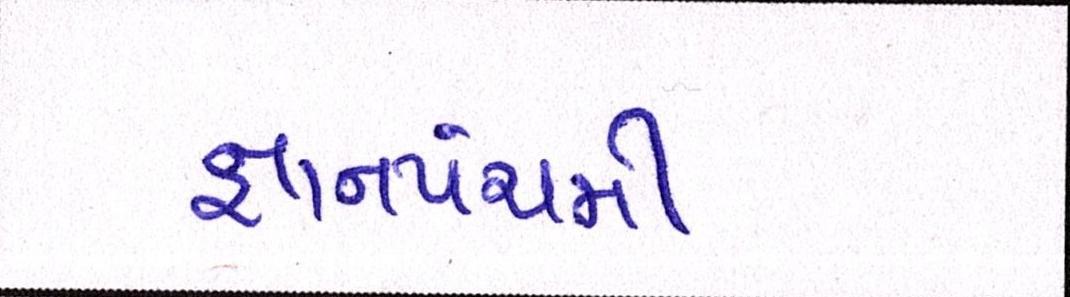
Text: જ્ઞાનપંચમી